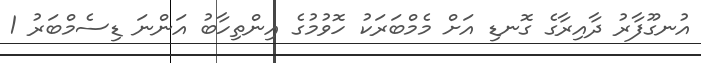
އުނގޫފާރު ދާއިރާގެ ގޮނޑި އަށް މެމްބަރަކު ހޮވުމުގެ އިންތިހާބު އަންނަ ޑިސެމްބަރު 1